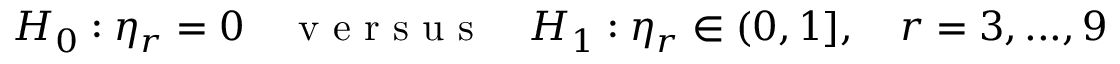
\begin{array} { r } { H _ { 0 } : \eta _ { r } = 0 \quad \mathrm { ~ v ~ e ~ r ~ s ~ u ~ s ~ } \quad H _ { 1 } : \eta _ { r } \in ( 0 , 1 ] , \quad r = 3 , . . . , 9 } \end{array}